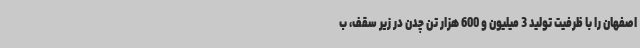
اصفهان را با ظرفیت تولید 3 میلیون و 600 هزار تن چدن در زیر سقف، ب